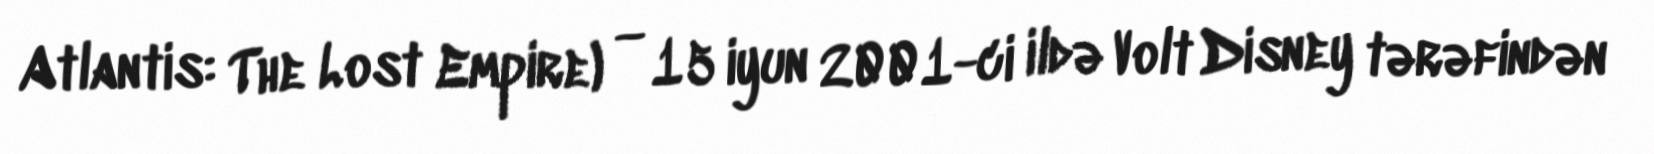
Atlantis: The Lost Empire) — 15 iyun 2001-ci ildə Volt Disney tərəfindən